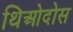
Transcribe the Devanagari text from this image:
थिओदोस